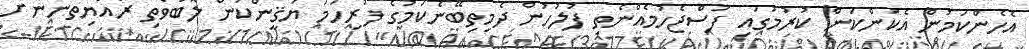
އެހެންކަމުން އެކަންކަން ކުރުމުގައި ފަސްޖެހުމެއްނެތި ފުލުހުން ދެމިތިބޭނެކަމުގެ ފުރިހަމަ ޔަޤީންކަން ލޮބުވެތި ރައްޔިތުންނަށް